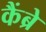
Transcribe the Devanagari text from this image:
कैंब्रे